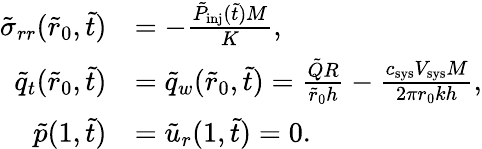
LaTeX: \begin{array}{rl}{\tilde{\sigma}_{rr}(\tilde{r}_{0},\tilde{t})}&{=-\frac{\tilde{P}_{\mathrm{inj}}(\tilde{t})M}{K},}\\ {\tilde{q}_{t}(\tilde{r}_{0},\tilde{t})}&{=\tilde{q}_{w}(\tilde{r}_{0},\tilde{t})=\frac{\tilde{Q}R}{\tilde{r}_{0}h}-\frac{c_{\mathrm{sys}}V_{\mathrm{sys}}M}{2\pi r_{0}kh},}\\ {\tilde{p}(1,\tilde{t})}&{=\tilde{u}_{r}(1,\tilde{t})=0.}\end{array}